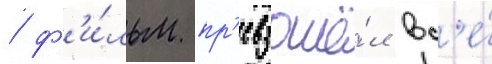
/ ф'и́льм пр'евзошё́л вс'е́